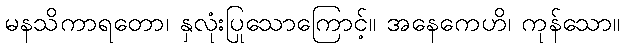
မနသိကာရတော၊ နှလုံးပြုသောကြောင့်။ အနေကေဟိ၊ ကုန်သော။